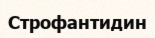
Строфантидин